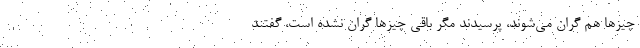
چيزها هم گران مي‌شوند، پرسيدند مگر باقي چيزها گران نشده است، گفتند